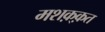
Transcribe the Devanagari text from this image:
मशक़्क़त